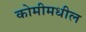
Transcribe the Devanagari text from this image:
कोमीमधील